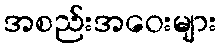
အစည်းအဝေးများ